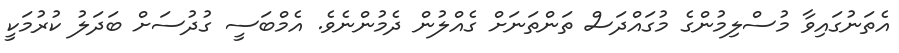
އެތަނުގައިވާ މުސްލިމުންގެ މުގައްދަސް ތަންތަނަށް ގެއްލުން ދެމުންނެވެ. އެމްބަސީ ގުދުސަށް ބަދަލު ކުރުމަކީ